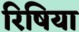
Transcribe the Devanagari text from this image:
रिषिया